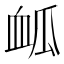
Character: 𮕟